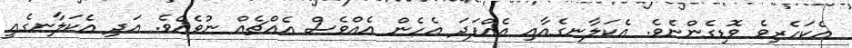
އެކަހެރިވެ ވޮޑިގެންނެވެ. އެކަލާނގެއާއި އެއްފަދަ އެހެން އެއްވެސް އެއްޗެއް ނުވެއެވެ. އަދި އެކަލާނގެއީ